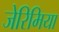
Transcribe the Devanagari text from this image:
जेरिमिया